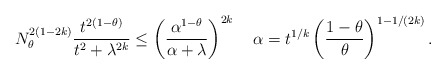
\begin{align*}N_\theta^{2 (1 - 2 k)} \frac{t^{2 (1 - \theta)}}{t^2 + \lambda^{2 k}}\leq\left(\frac{\alpha^{1 - \theta}}{\alpha + \lambda}\right)^{2k}\quad\alpha =t^{1/k} \left( \frac{1 - \theta}{\theta} \right)^{1 - 1/(2k)}.\end{align*}